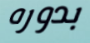
بدوره